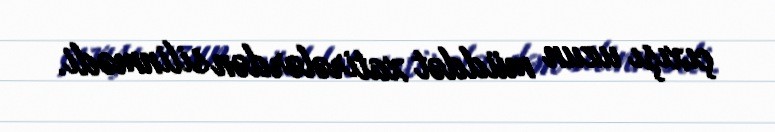
çıxışı uzun müddət xatirələrdən silinmədi.